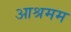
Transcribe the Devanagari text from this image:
आश्रमम